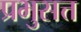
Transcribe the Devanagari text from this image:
प्रभुसत्त